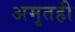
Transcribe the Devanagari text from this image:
अमृतही